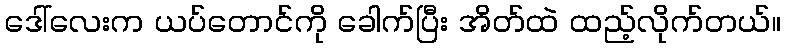
ဒေါ်လေးက ယပ်တောင်ကို ခေါက်ပြီး အိတ်ထဲ ထည့်လိုက်တယ်။